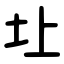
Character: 圵